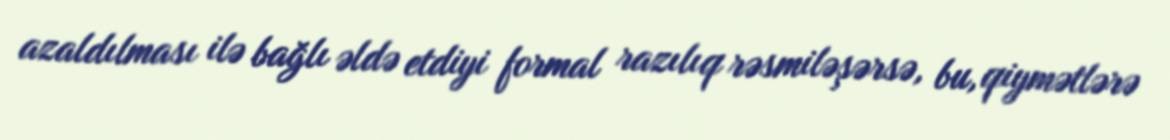
azaldılması ilə bağlı əldə etdiyi formal razılıq rəsmiləşərsə, bu, qiymətlərə